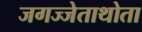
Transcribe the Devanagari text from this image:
जगज्जेताथोता